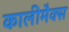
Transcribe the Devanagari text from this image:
कालीमैक्स